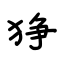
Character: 狰